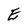
Character: E